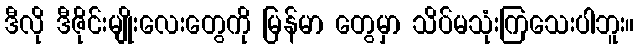
ဒီလို ဒီဇိုင်းမျိုးလေးတွေကို မြန်မာ တွေမှာ သိပ်မသုံးကြသေးပါဘူး။